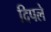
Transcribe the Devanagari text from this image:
दिपले